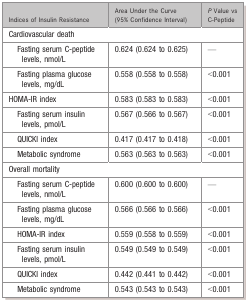
<table><thead><tr><td><b>Indices of Insulin Resistance</b></td><td><b>Area Under the Curve (95% Confidence Interval)</b></td><td><b><i>P</i> Value vs C‐Peptide</b></td></tr></thead><tbody><tr><td colspan="3">Cardiovascular death</td></tr><tr><td>Fasting serum C‐peptide levels, nmol/L</td><td>0.624 (0.624 to 0.625)</td><td>—</td></tr><tr><td>Fasting plasma glucose levels, mg/dL</td><td>0.558 (0.558 to 0.558)</td><td>&lt;0.001</td></tr><tr><td>HOMA‐IR index</td><td>0.583 (0.583 to 0.583)</td><td>&lt;0.001</td></tr><tr><td>Fasting serum insulin levels, pmol/L</td><td>0.567 (0.566 to 0.567)</td><td>&lt;0.001</td></tr><tr><td>QUICKI index</td><td>0.417 (0.417 to 0.418)</td><td>&lt;0.001</td></tr><tr><td>Metabolic syndrome</td><td>0.563 (0.563 to 0.563)</td><td>&lt;0.001</td></tr><tr><td colspan="3">Overall mortality</td></tr><tr><td>Fasting serum C‐peptide levels, nmol/L</td><td>0.600 (0.600 to 0.600)</td><td>—</td></tr><tr><td>Fasting plasma glucose levels, mg/dL</td><td>0.566 (0.566 to 0.566)</td><td>&lt;0.001</td></tr><tr><td>HOMA‐IR index</td><td>0.559 (0.558 to 0.559)</td><td>&lt;0.001</td></tr><tr><td>Fasting serum insulin levels, pmol/L</td><td>0.549 (0.549 to 0.549)</td><td>&lt;0.001</td></tr><tr><td>QUICKI index</td><td>0.442 (0.441 to 0.442)</td><td>&lt;0.001</td></tr><tr><td>Metabolic syndrome</td><td>0.543 (0.543 to 0.543)</td><td>&lt;0.001</td></tr></tbody></table>